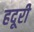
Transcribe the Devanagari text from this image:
हदूरी